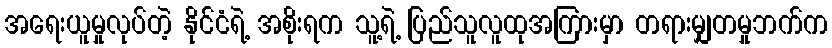
အရေးယူမှုလုပ်တဲ့ နိုင်ငံရဲ့ အစိုးရက သူ့ရဲ့ ပြည်သူလူထုအကြားမှာ တရားမျှတမှုဘက်က